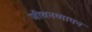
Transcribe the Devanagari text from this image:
जीवनव्यापन